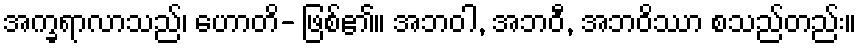
အက္ခရာလာသည်၊ ဟောတိ- ဖြစ်၏။ အဘဝါ, အဘဝီ, အဘဝိဿာ စသည်တည်း။